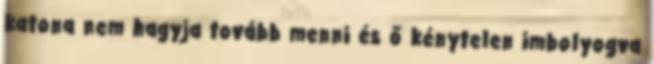
katona nem hagyja tovább menni és ő kénytelen imbolyogva